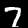
Digit: 7